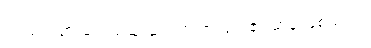
ဤသည်မှာ ဆင်းရဲသူ ဆင်းရဲသားများ၏ မာန ဖြစ်သည်။